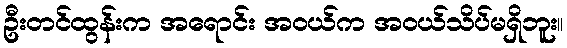
ဦးတင်ထွန်းက အရောင်း အဝယ်က အဝယ်သိပ်မရှိဘူး။